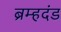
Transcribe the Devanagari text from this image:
ब्रम्हदंड